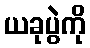
ယခုပွဲကို